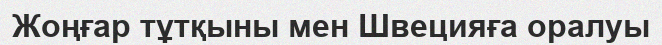
Жоңғар тұтқыны мен Швецияға оралуы